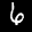
Label: 6